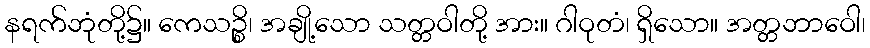
နရက်ဘုံတို့၌။ ကေသဉ္စိ၊ အချို့သော သတ္တဝါတို့ အား။ ဂါဝုတံ၊ ရှိသော။ အတ္တဘာဝေါ၊